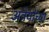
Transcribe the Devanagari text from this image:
अत्रेयांच्या